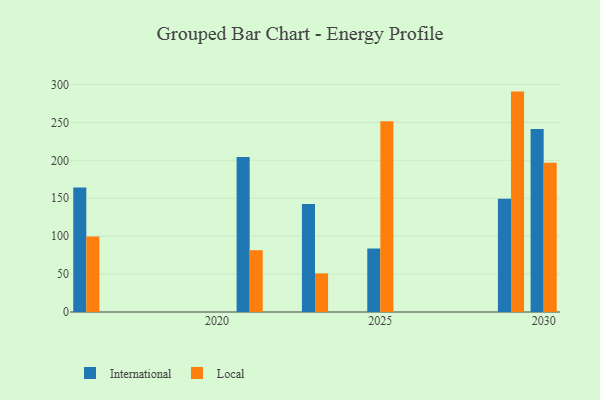
{"axis": {"x": "Year", "y": "Production Output"}, "legend": ["International", "Local"], "data": [{"x": "2029", "y": 149.4, "type": "International"}, {"x": "2029", "y": 290.6, "type": "Local"}, {"x": "2025", "y": 83.7, "type": "International"}, {"x": "2025", "y": 251.5, "type": "Local"}, {"x": "2030", "y": 241.4, "type": "International"}, {"x": "2030", "y": 196.7, "type": "Local"}, {"x": "2021", "y": 204.5, "type": "International"}, {"x": "2021", "y": 81.5, "type": "Local"}, {"x": "2016", "y": 164.0, "type": "International"}, {"x": "2016", "y": 99.4, "type": "Local"}, {"x": "2023", "y": 142.3, "type": "International"}, {"x": "2023", "y": 50.9, "type": "Local"}]}